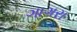
ગાગરા